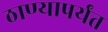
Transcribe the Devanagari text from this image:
ठाण्यापर्यंत